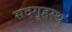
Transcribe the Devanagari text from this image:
सदगृहस्थ